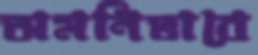
অমনিভাবে